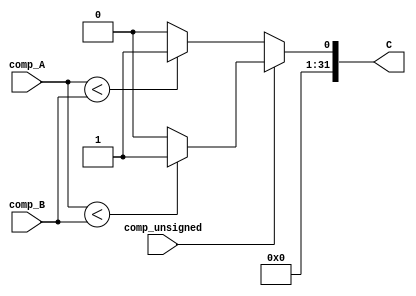
/************************************************* 
 
Copyright:Call_Me_ZK

File name:comparator.v

Author:ZK
 
Date:2020-08-8
 
Description:

SLT SLTIBLT BGEA B
A < B C=00...01C=00...00signedunsigned


**************************************************/


module comparator

	#(parameter in_width = 32, out_width = 32)

(comp_A, comp_B, comp_unsigned, C);
	
	//
	input [in_width-1:0] comp_A, comp_B;
	input comp_unsigned;
	
	output reg [out_width-1:0] C;
	
	//
	reg [in_width-1:0] A, B;
	always@(comp_A, comp_B, comp_unsigned) begin
		if(comp_unsigned) begin
			if($unsigned(comp_A) < $unsigned(comp_B))
				C <= 1;
			else
				C <= 0;
		end else begin
			if($signed(comp_A) < $signed(comp_B))
				C <= 1;
			else
				C <= 0;
		end
	end


endmodule